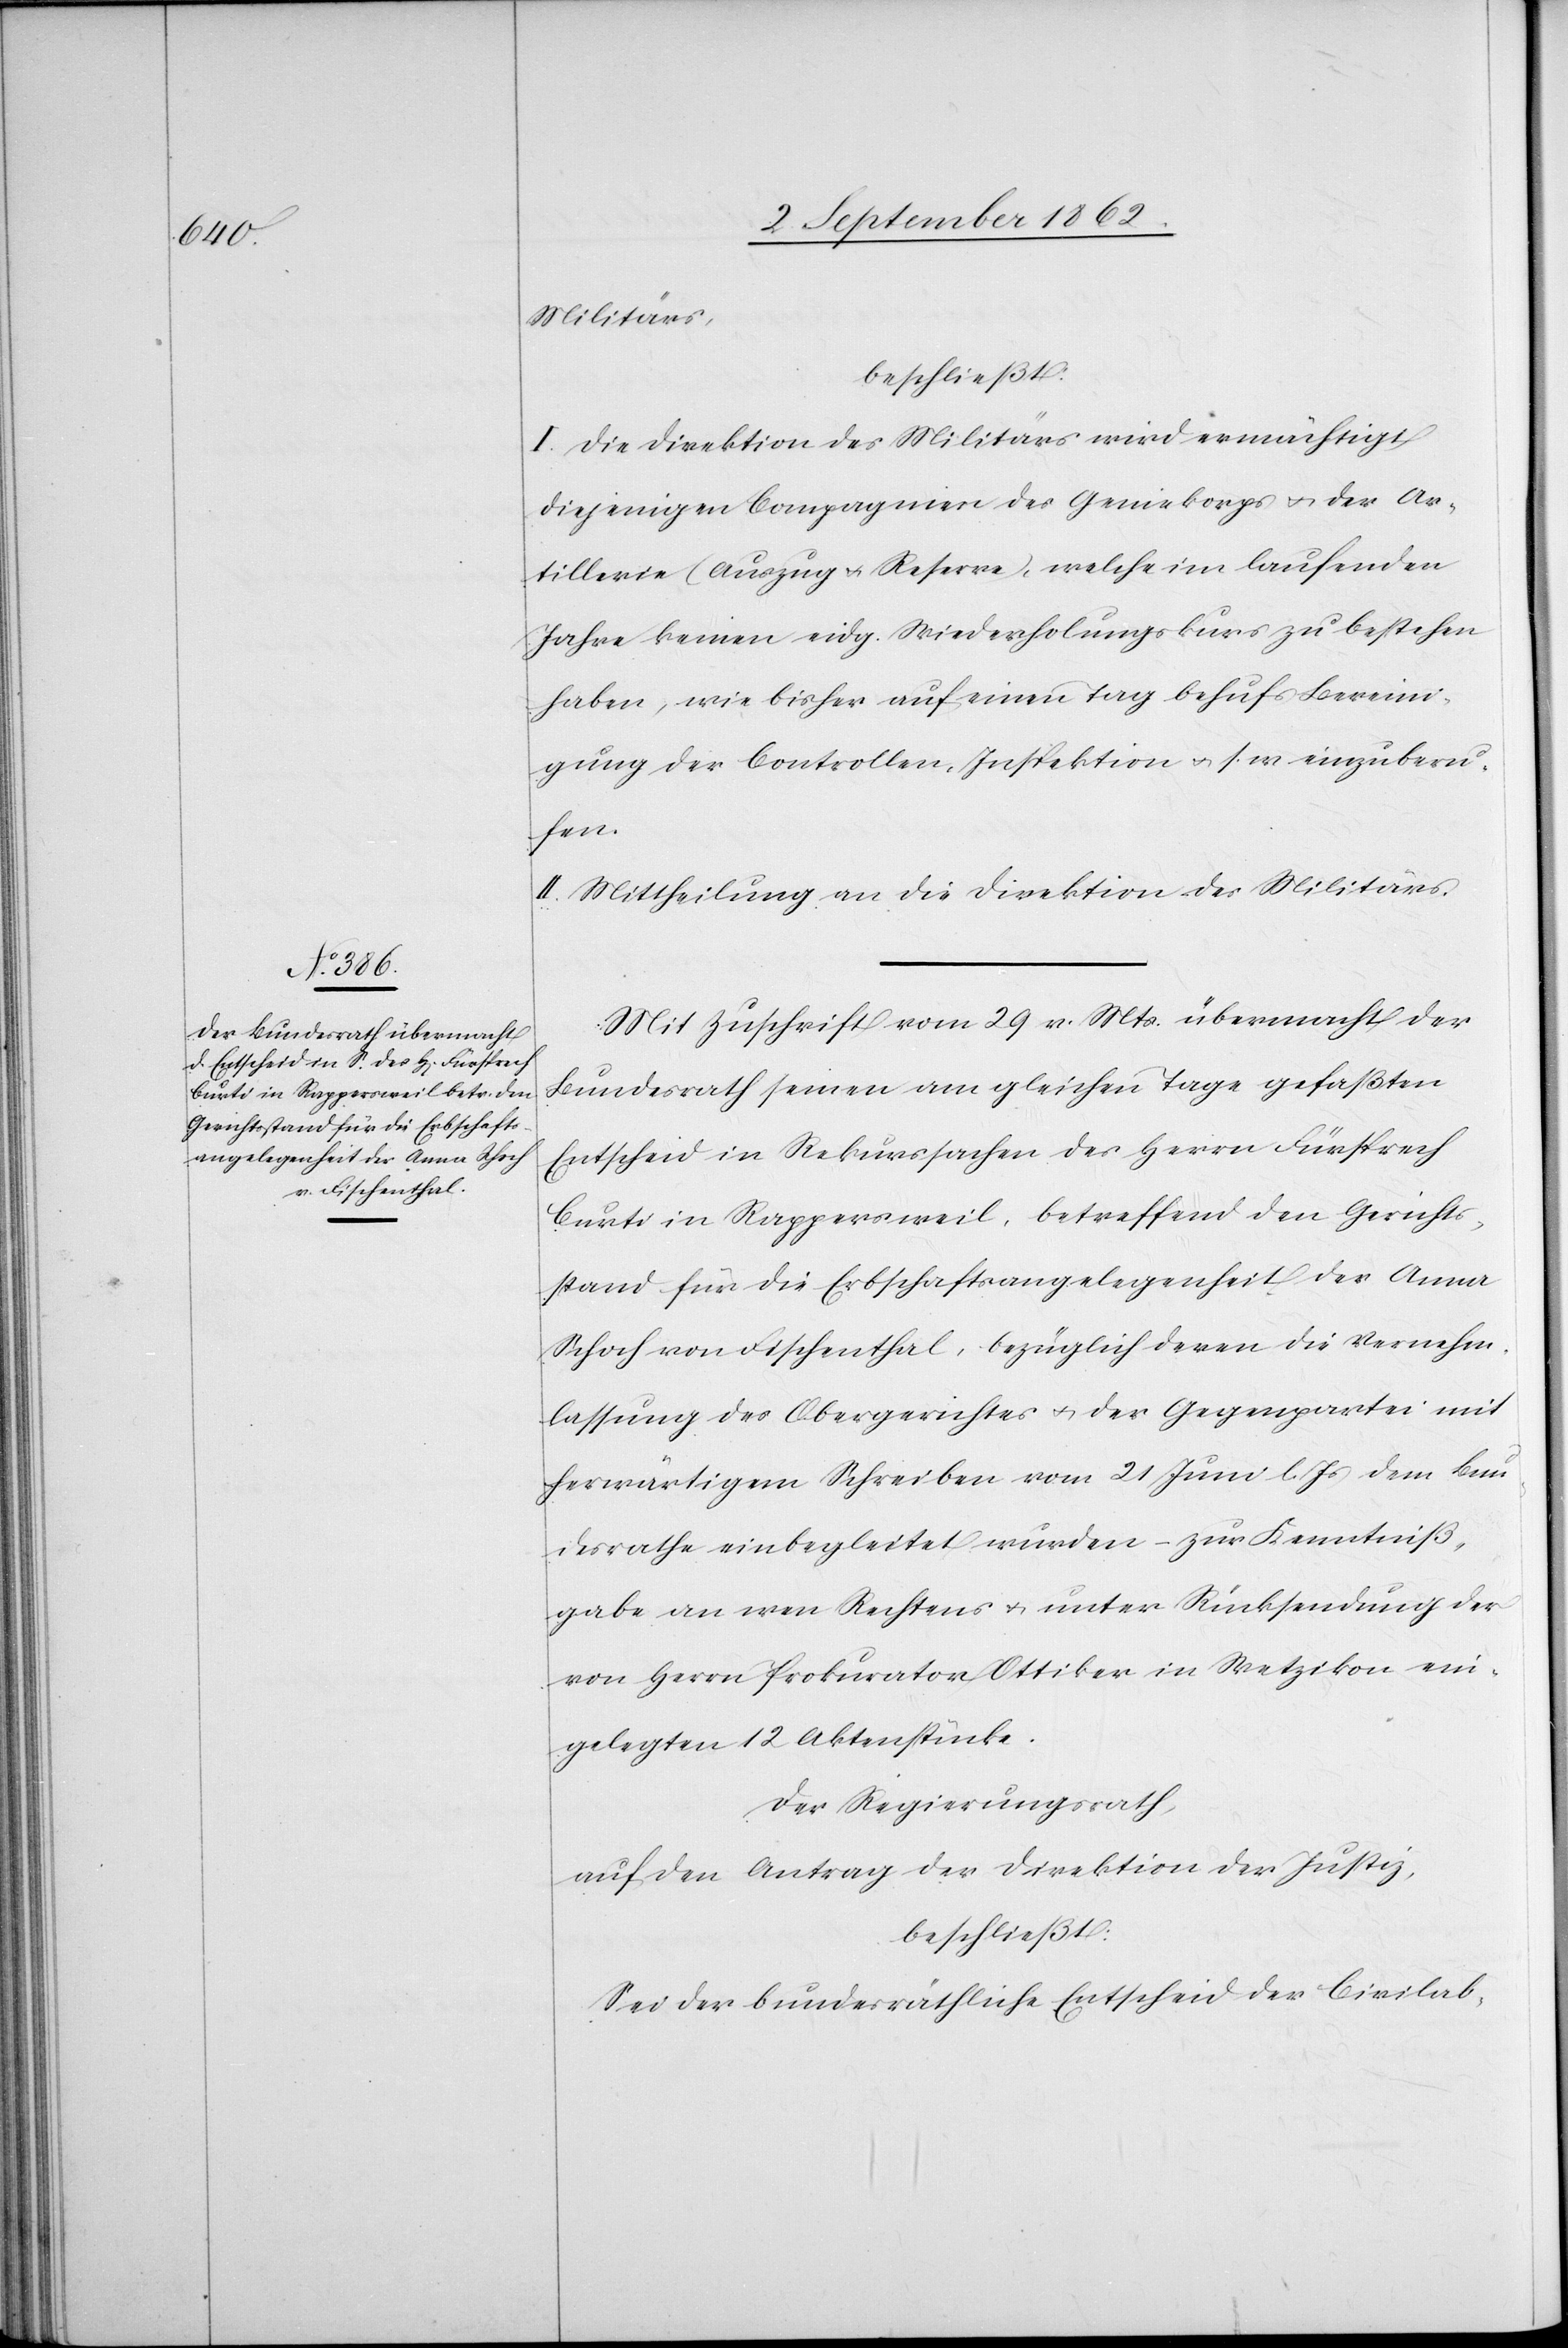
Militärs,
beschließt:
I. Die Direktion des Militärs wird ermächtigt,
diejenigen Compagnien des Geniekorps u. der Ar¬
tillerie (Auszug u. Reserve), welche im laufenden
Jahre keinen eidg. Wiederholungskurs zu bestehen
haben, wie bisher auf einen Tag behufs Bereini¬
gung der Controllen-Inspektion u. s. w. einzuberu¬
fen.
II. Mittheilung an die Direktion des Militärs.
Mit Zuschrift vom 29. v. Mts. übermacht der
Bundesrath seinen am gleichen Tage gefaßten
Entscheid in Rekurssachen des Herrn Fürsprech
Curti in Rappersweil, betreffend den Gerichts¬
stand für die Erbschaftsangelegenheit der Anna
Schoch von Fischenthal, bezüglich deren die Vernehm¬
lassung des Obergerichtes u. der Gegenpartei mit
herwärtigem Schreiben vom 21. Juni l. Js. dem Bun¬
desrathe einbegleitet wurden – zur Kenntniß¬
gabe an wen Rechtens u. unter Rücksendung der
von Herrn Prokurator Ottiker in Wetzikon ein¬
gelegten 12 Aktenstücke.
Der Regierungsrath,
auf den Antrag der Direktion der Justiz,
beschließt:
Sei der bundesräthliche Entscheid der Civilab-